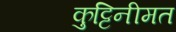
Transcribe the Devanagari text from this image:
कुट्टिनीमत